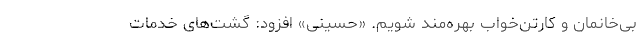
بی‌خانمان و کارتن‌خواب بهره‌مند شویم. «حسینی» افزود: گشت‌های خدمات